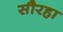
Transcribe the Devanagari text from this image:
सौरहा